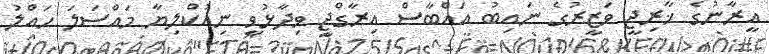
އީރާނުގެ ޚާރިޖީ ވަޒީރުގެ ނައިބު އައްބާސް އިރާގްޖީ ވިދާޅުވީ ނިއުކްލިޔާ މައްސަލަ ހައްލު